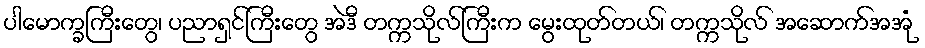
ပါမောက္ခကြီးတွေ၊ ပညာရှင်ကြီးတွေ အဲဒီ တက္ကသိုလ်ကြီးက မွေးထုတ်တယ်၊ တက္ကသိုလ် အဆောက်အအုံ